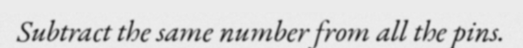
Subtract the same number from all the pins.